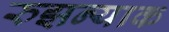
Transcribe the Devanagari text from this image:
रुझन्याक